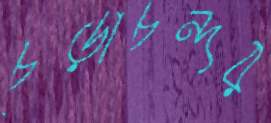
চূড়াচন্দর